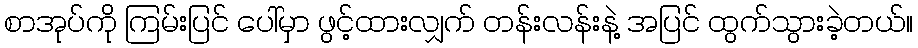
စာအုပ်ကို ကြမ်းပြင် ပေါ်မှာ ဖွင့်ထားလျှက် တန်းလန်းနဲ့ အပြင် ထွက်သွားခဲ့တယ်။